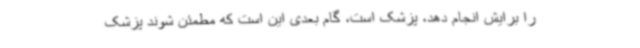
را برایش انجام دهد، پزشک است، گام بعدی این است که مطمئن شوند پزشک